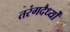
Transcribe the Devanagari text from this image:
तरंगदैर्ध्‍यों